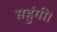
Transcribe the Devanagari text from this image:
सहुंगी।